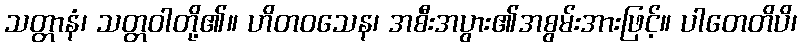
သတ္တာနံ၊ သတ္တဝါတို့၏။ ဟိတဝသေန၊ အစီးအပွား၏အစွမ်းအားဖြင့်။ ပါတေတိပိ၊